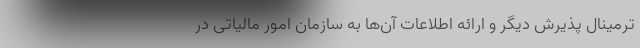
ترمینال پذیرش دیگر و ارائه اطلاعات آن‌ها به سازمان امور مالیاتی در